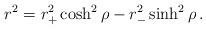
LaTeX: \begin{align*}r^2 = r_+^2 \cosh^2 \rho -r_-^2 \sinh^2 \rho \,.\end{align*}